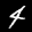
Label: 4